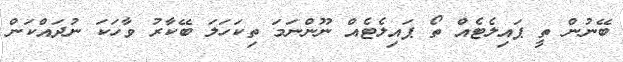
ބޭނުން ތީ ޕައިލެޓެއް ތޯ ޕައިލެޓެއް ނޫންނަމަ ތިކަހަލަ ބޭކާރު ވާހަކަ ނުދައްކަން